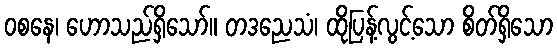
ဝစနေ၊ ဟောသည်ရှိသော်။ တဒညေသံ၊ ထိုပြန့်လွင့်သော စိတ်ရှိသော